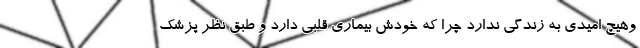
وهیچ امیدی به زندگی ندارد چرا که خودش بیماری قلبی دارد و طبق نظر پزشک